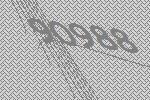
90988